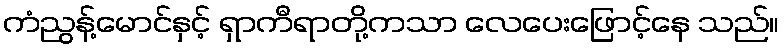
ကံညွန့်မောင်နှင့် ရှာကီရာတို့ကသာ လေပေးဖြောင့်နေ သည်။